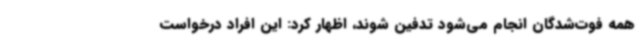
همه فوت‌شدگان انجام می‌شود تدفین شوند، اظهار کرد: این افراد درخواست